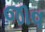
જાવ